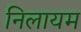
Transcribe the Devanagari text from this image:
निलायम